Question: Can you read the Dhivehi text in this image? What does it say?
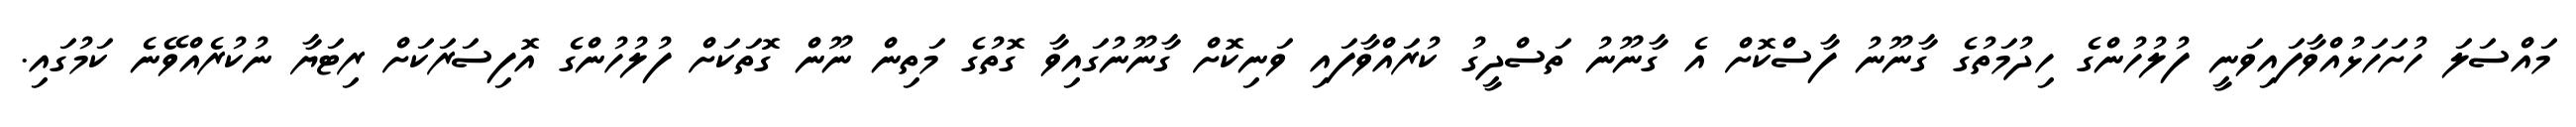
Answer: މައްސަލަ ހުށަހަޅުއްވާފައިވަނީ ފުލުހުންގެ ހިދުމަތުގެ ގާނޫނު ފާސްކޮށް އެ ގާނޫނު ތަސްދީގު ކުރައްވާފައި ވަނިކޮށް ގާނޫނުގައިވާ ގޮތުގެ މަތިން ނޫން ގޮތަކަށް ފުލުހުންގެ އޮފިސަރަކަށް ރިޓަޔާ ނުކުރެއްވޭނެ ކަމުގައި.